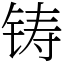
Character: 铸